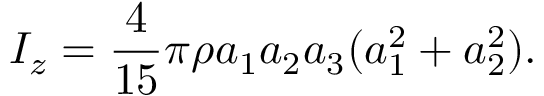
I _ { z } = \frac { 4 } { 1 5 } \pi \rho a _ { 1 } a _ { 2 } a _ { 3 } ( a _ { 1 } ^ { 2 } + a _ { 2 } ^ { 2 } ) .